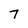
Character: 7